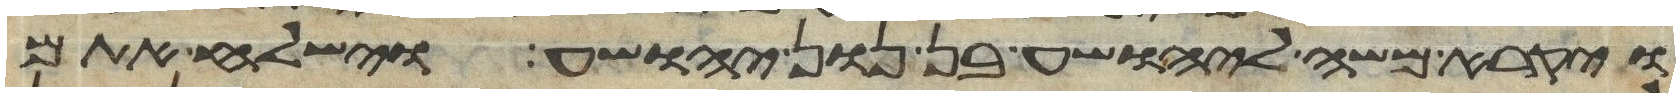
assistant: ויקרא משה ליהושע בן נון יהושע וישלח אתם